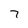
Character: 7